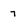
Character: 7